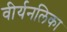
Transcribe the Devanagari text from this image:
वीर्यनलिका